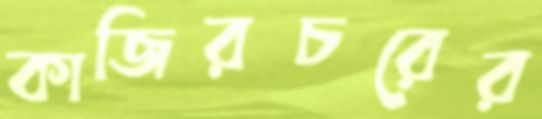
কাজিরচরের